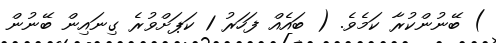
) ބޭނުންކުރާ ކަމެވެ. ( ބައެއް ފަހަރު 1 ކަޕަށްވުރެ ގިނައިން ބޭނުން